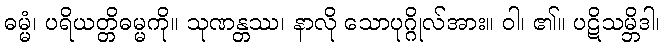
ဓမ္မံ၊ ပရိယတ္တိဓမ္မကို။ သုဏန္တဿ၊ နာလို သောပုဂ္ဂိုလ်အား။ ဝါ၊ ၏။ ပဋိသမ္ဘိဒါ၊